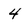
Character: 4